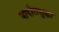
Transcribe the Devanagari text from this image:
यादीतसुद्धा